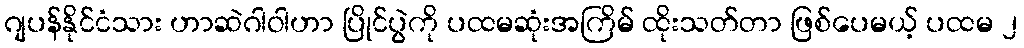
ဂျပန်နိုင်ငံသား ဟာဆဲဂါဝါဟာ ပြိုင်ပွဲကို ပထမဆုံးအကြိမ် ထိုးသတ်တာ ဖြစ်ပေမယ့် ပထမ ၂